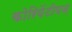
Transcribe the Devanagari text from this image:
कोरियेंटीयज़